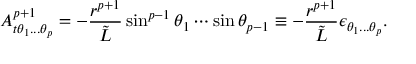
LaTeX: A _ { t \theta _ { 1 } . . . \theta _ { p } } ^ { p + 1 } = - { \frac { r ^ { p + 1 } } { \tilde { L } } } \sin ^ { p - 1 } \theta _ { 1 } \cdots \sin \theta _ { p - 1 } \equiv - { \frac { r ^ { p + 1 } } { \tilde { L } } } \epsilon _ { \theta _ { 1 } . . . \theta _ { p } } .